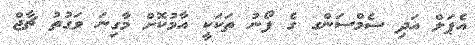
އެޕަލް އަދި ސެމްސަންގ ގެ ފޯނު ތަކަކީ އާމުކޮށް މާގިނަ ވަގުތު ޗާޖް